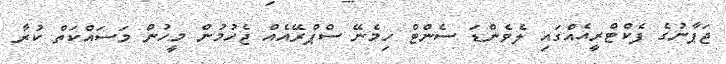
ޖަޕާނުގެ ފެކްޓްރީއެއްގައި ލެވެންޑަ ސެންޓް ހިމެނޭ ސްޕްރޭއެއް ޖެހުމުން މީހުން މަސައްކަތް ކުރާ